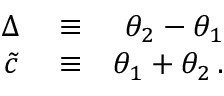
\begin{array} { r l r } { \Delta } & { { } \equiv } & { \theta _ { 2 } - \theta _ { 1 } } \\ { \tilde { c } } & { { } \equiv } & { \theta _ { 1 } + \theta _ { 2 } \, . } \end{array}